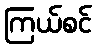
ကြယ်စင်